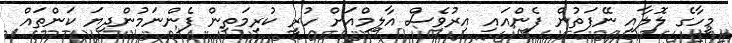
މީހާގެ ލޮލާއި ނޭފަތުން ފެންއައި އިރުވެސް އާލިމްއަށް ހުރީ ކުރިމަތިން ފެންނަމުންދިޔަ ކަންތައް